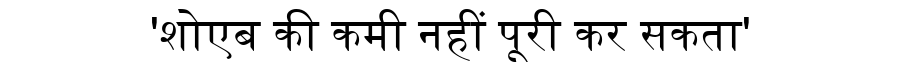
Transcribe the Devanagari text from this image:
'शोएब की कमी नहीं पूरी कर सकता'